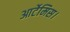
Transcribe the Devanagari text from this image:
आर्टेमिस।